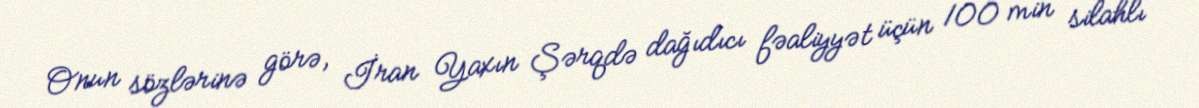
Onun sözlərinə görə, İran Yaxın Şərqdə dağıdıcı fəaliyyət üçün 100 min silahlı